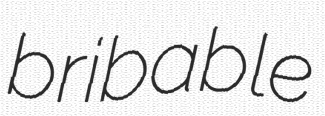
bribable